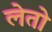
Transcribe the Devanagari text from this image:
लेतो